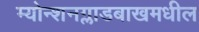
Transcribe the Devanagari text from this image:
म्योन्शनग्लाडबाखमधील